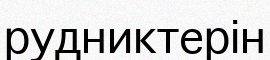
рудниктерін